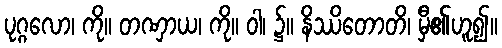
ပုဂ္ဂလော၊ ကို။ တဏှာယ၊ ကို။ ဝါ၊ ၌။ နိဿိတောတိ၊ မှီ၏ဟူ၍။